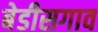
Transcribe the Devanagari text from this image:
बेडीसगाव